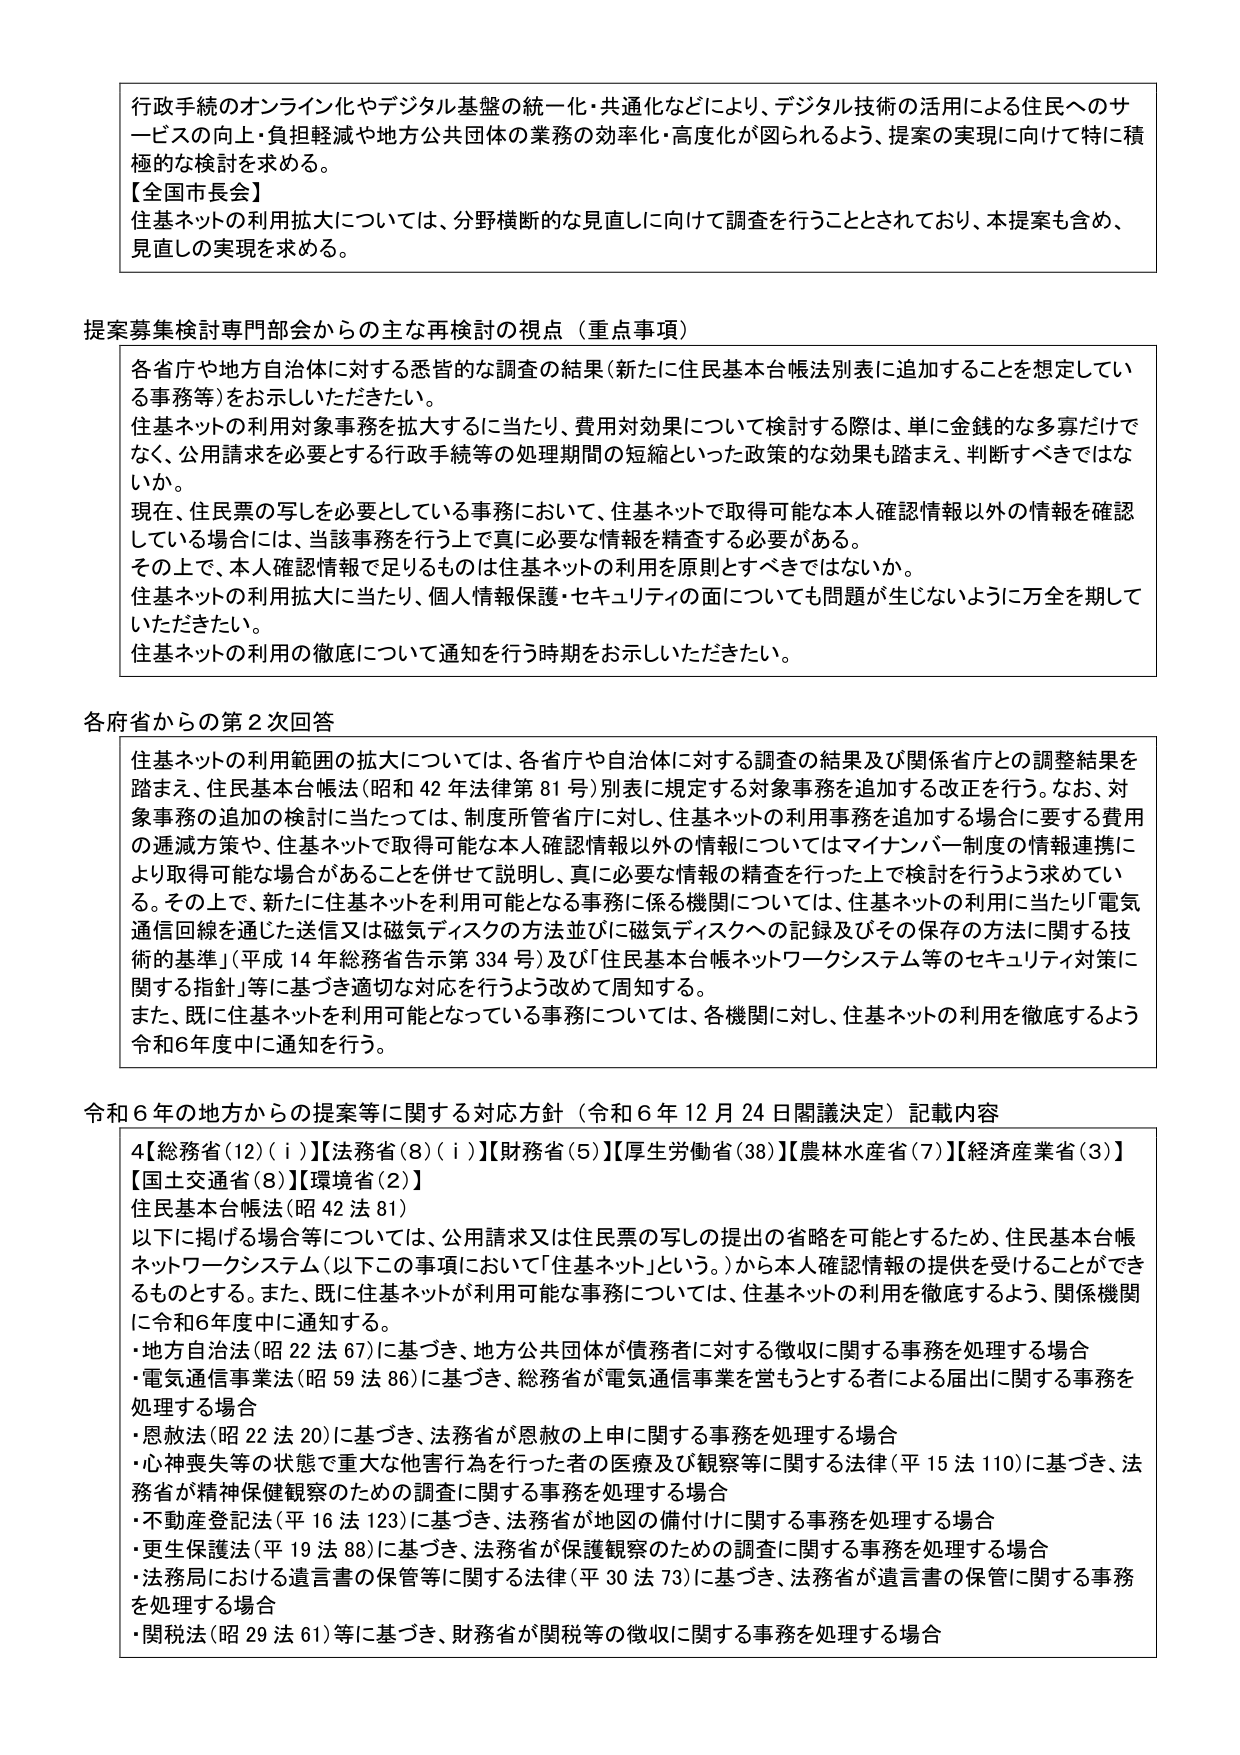
行政手続のオンライン化やデジタル基盤の統一化・共通化などにより、デジタル技術の活用による住民へのサービスの向上・負担軽減や地方公共団体の業務の効率化・高度化が図られるよう、提案の実現に向けて特に積極的な検討を求める。

【全国市長会】
住基ネットの利用拡大については、分野横断的な見直しに向けて調査を行うこととされており、本提案も含め、見直しの実現を求める。

提案募集検討専門部会からの主な再検討の視点（重点事項）
各省庁や地方自治体に対する悉皆的な調査の結果（新たに住民基本台帳法別表に追加することを想定している事務等）をお示しいただきたい。
住基ネットの利用対象事務を拡大するに当たり、費用対効果について検討する際は、単に金銭的な多寡だけでなく、公用請求を必要とする行政手続等の処理期間の短縮といった政策的な効果も踏まえ、判断すべきではないか。
現在、住民票の写しを必要としている事務において、住基ネットで取得可能な本人確認情報以外の情報を確認している場合には、当該事務を行う上で真に必要な情報を精査する必要がある。
その上で、本人確認情報で足りるものは住基ネットの利用を原則とすべきではないか。
住基ネットの利用拡大に当たり、個人情報保護・セキュリティの面についても問題が生じないように万全を期していただきたい。
住基ネットの利用の徹底について通知を行う時期をお示しいただきたい。

各府省からの第2次回答
住基ネットの利用範囲の拡大については、各省庁や自治体に対する調査の結果及び関係省庁との調整結果を踏まえ、住民基本台帳法（昭和42年法律第81号）別表に規定する対象事務を追加する改正を行う。なお、対象事務の追加の検討に当たっては、制度所管省庁に対し、住基ネットの利用事務を追加する場合に要する費用の逓減方策や、住基ネットで取得可能な本人確認情報以外の情報についてはマイナンバー制度の情報連携により取得可能な場合があることを併せて説明し、真に必要な情報の精査を行った上で検討を行うよう求めている。その上で、新たに住基ネットを利用可能となる事務に係る機関については、住基ネットの利用に当たり「電気通信回線を通じた送信又は磁気ディスクの方法並びに磁気ディスクへの記録及びその保存の方法に関する技術的基準」（平成14年総務省告示第334号）及び「住民基本台帳ネットワークシステム等のセキュリティ対策に関する指針」等に基づき適切な対応を行うよう改めて周知する。
また、既に住基ネットを利用可能となっている事務については、各機関に対し、住基ネットの利用を徹底するよう令和6年度中に通知を行う。

令和6年の地方からの提案等に関する対応方針（令和6年12月24日閣議決定）記載内容
4【総務省(12)(i)】【法務省(8)(i)】【財務省(5)】【厚生労働省(38)】【農林水産省(7)】【経済産業省(3)】【国土交通省(8)】【環境省(2)】
住民基本台帳法（昭42法81）
以下に掲げる場合等については、公用請求又は住民票の写しの提出の省略を可能とするため、住民基本台帳ネットワークシステム（以下この事項において「住基ネット」という。）から本人確認情報の提供を受けることができるものとする。また、既に住基ネットが利用可能な事務については、住基ネットの利用を徹底するよう、関係機関に令和6年度中に通知する。
・地方自治法（昭22法67）に基づき、地方公共団体が債務者に対する徴収に関する事務を処理する場合
・電気通信事業法（昭59法86）に基づき、総務省が電気通信事業を営もうとする者による届出に関する事務を処理する場合
・恩赦法（昭22法20）に基づき、法務省が恩赦の上申に関する事務を処理する場合
・心神喪失等の状態で重大な他害行為を行った者の医療及び観察等に関する法律（平15法110）に基づき、法務省が精神保健観察のための調査に関する事務を処理する場合
・不動産登記法（平16法123）に基づき、法務省が地図の備付けに関する事務を処理する場合
・更生保護法（平19法88）に基づき、法務省が保護観察のための調査に関する事務を処理する場合
・法務局における遺言書の保管等に関する法律（平30法73）に基づき、法務省が遺言書の保管に関する事務を処理する場合
・関税法（昭29法61）等に基づき、財務省が関税等の徴収に関する事務を処理する場合